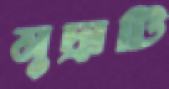
মুদ্রাটি